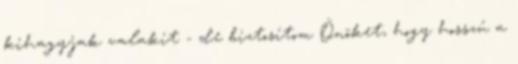
kihagyjak valakit - de biztosítom Önöket, hogy hosszú a